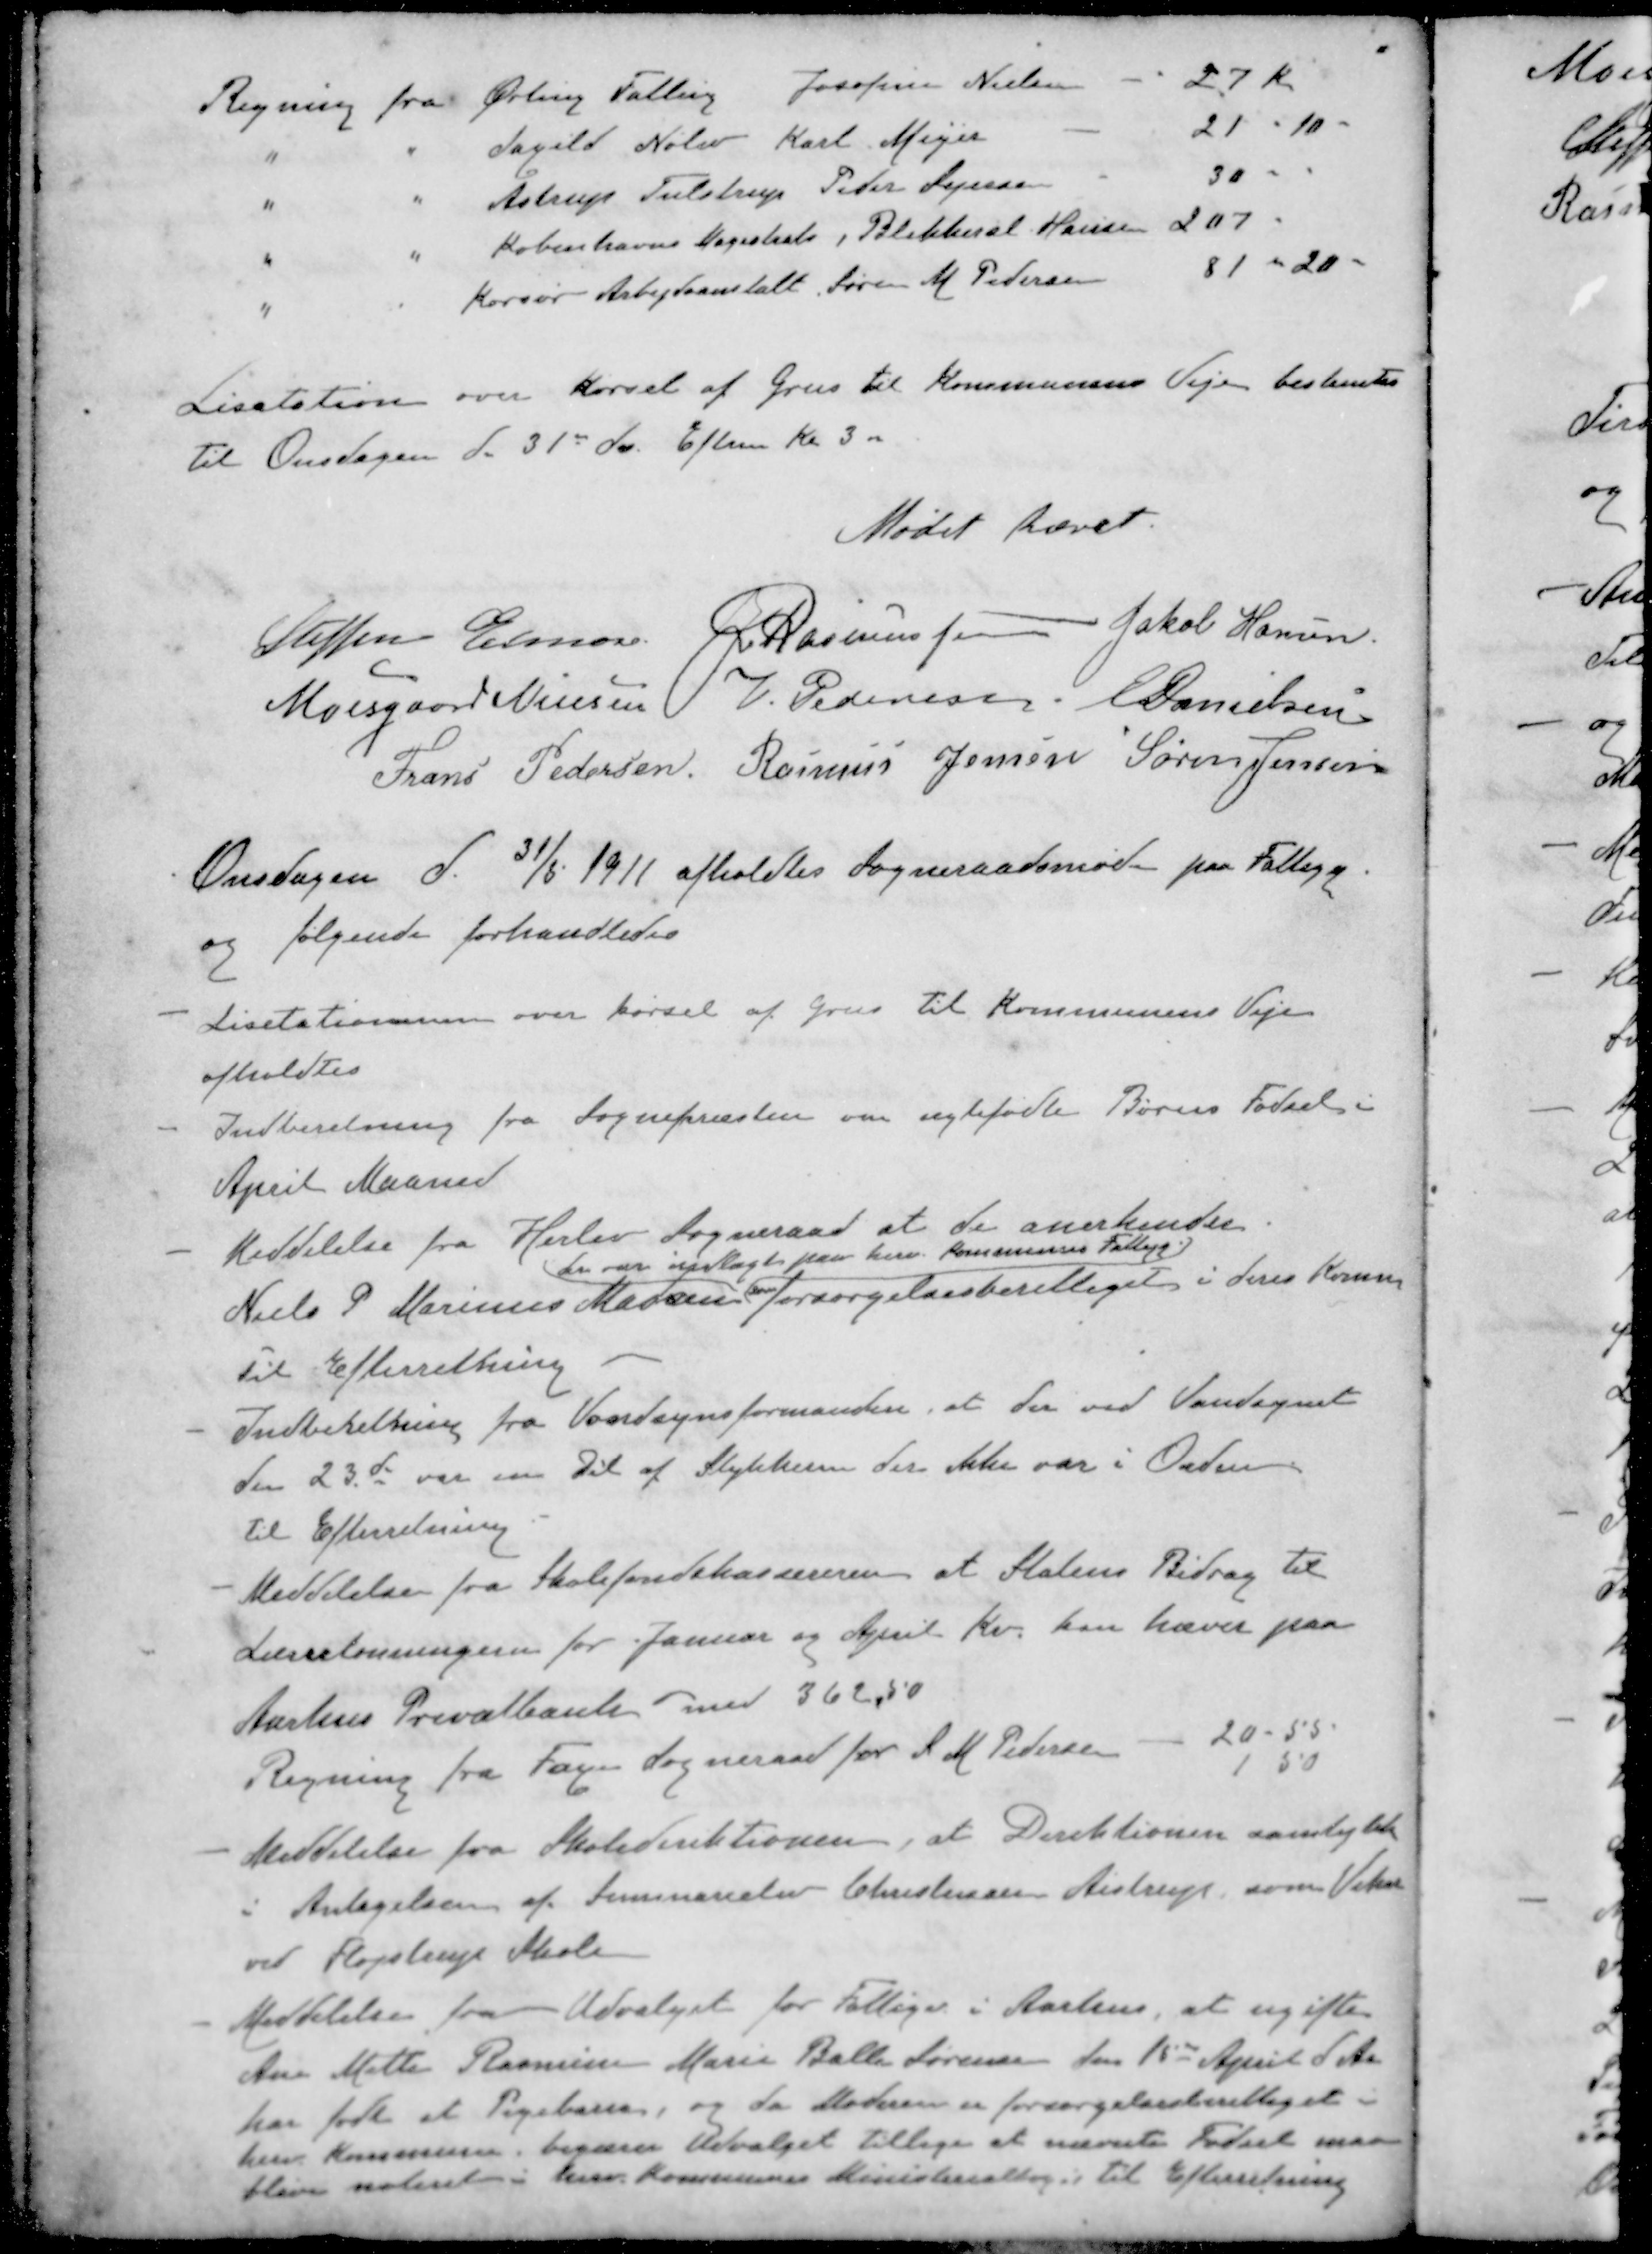
Transskription:
Regning fra Ørting Falling Josofine Nielsen
27 Kr
" " Saxild Nølev Karl Meyer
21 - 10 -
" " Astrup Tulstrup Peder Sejersen
30
" " Københavns Magistrat, Blikkensl Hansen
207
" " Korsør Arbejdsanstalt Søren M Pedersen
81 - 20 -
Lisatation over Kørsel af Grus til Kommunens Vejen bestemtes
til Onsdagen d. 31d ds. Efterm Kl. 3 00
Mødet hævet.
Steffen Elmose
J Rasmussen
Jakob Hansen
Moesgaard Nielsen
V Pedersen
E Danielsen
Frans Pedersen
Rasmus Jensen
Søren Jensen
Onsdagen d. 31/5 1911 afholdtes Sogneraadsmøde paa Fattigg.
og følgende forhandledes
- Lisetationnen over kørsel af Grus til Kommunens Veje
afholdtes
- Indberetning fra Sognepræsten om ægtefødte Børns Fødsel i
April Maaned
- Meddelelse fra Harlev Sogneraad at de anerkender
der var indlagt paa herv. Kommunes Fattigg
Niels P. Marinus Madsen forsørgelsesberettiget i deres Komm
Til Efterretning
- Indberetning fra Vandsynsformanden, at der ved Vandsynet
Den 23de var en Del af Stykkerne der ikke var i Orden.
Til Efterretning
- Meddelelse fra Skolefondskassereren at Statens Bidrag til
Lærerlønningen for Januar og April Kv. kan hæves paa
Aarhus Privatbank med 362,50
Regning fra Faxe Sogneraad for S M Pedersen - 20 - 55
1 50
Meddelelse fra Skoledirektionen, at Direktionen samtykker
i Antagelsen af Seminarelev Christensen Aistrup, som Vikar
ved Fløjstrup Skole
- Meddelelse fra Udvalget for Fattige i Aarhus, at ugifte
Ane Mette Rasmine Marie Balle Sørensen den 15d April d. Aa
har født et Pigebarn, og da Moderen er forsørgelsesberettiget i
herv Kommune, begærer Udvalget tillige at nævnte Fødsel maa
blive noteret i herv. Kommunes Ministerialbog. Til Efterretning